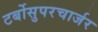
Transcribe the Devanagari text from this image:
टर्बोसुपरचार्जर